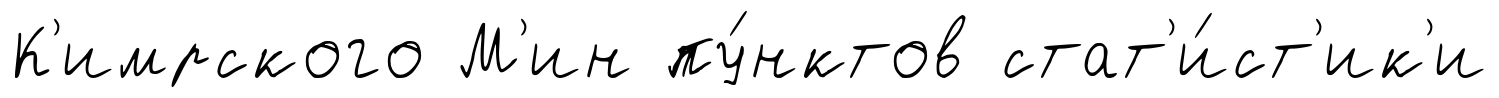
К'имрского М'ин пу́нктов стат'и́ст'ик'и